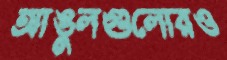
আঙুলগুলোরও